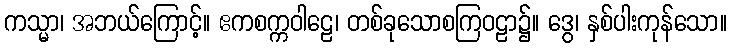
ကသ္မာ၊ အဘယ်ကြောင့်။ ဧကစက္ကဝါဠေ၊ တစ်ခုသောစကြဝဠာ၌။ ဒွေ၊ နှစ်ပါးကုန်သော။